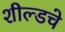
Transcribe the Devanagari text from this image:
शील्डचे